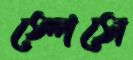
স্পেসে